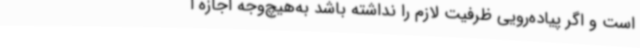
است و اگر پیاده‌رویی ظرفیت لازم را نداشته باشد به‌هیچ‌وجه اجازه ا